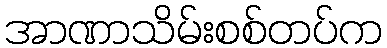
အာဏာသိမ်းစစ်တပ်က